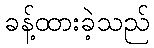
ခန့်ထားခဲ့သည်